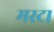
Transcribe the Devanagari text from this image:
मस्टा